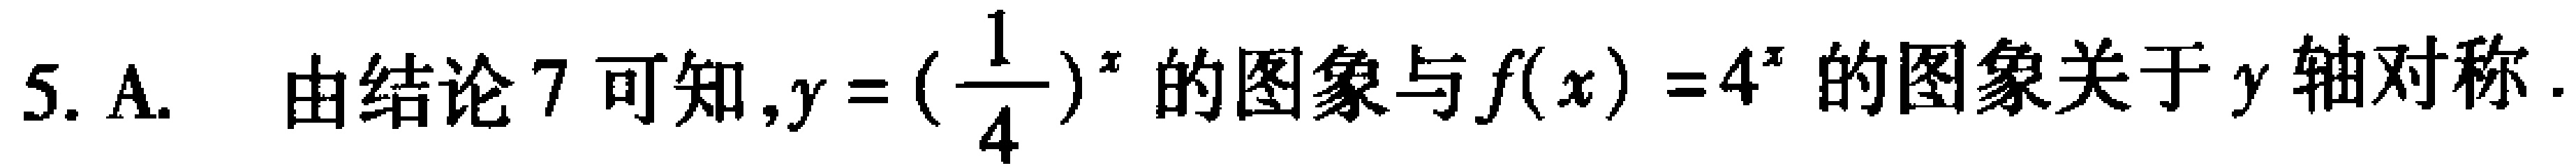
5. A.  由结论7可知,$y = (\frac{1}{4})^{x}$的图象与$f(x) = 4^{x}$的图象关于$y$轴对称.